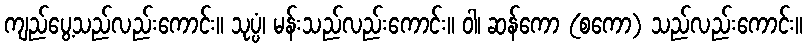
ကျည်ပွေ့သည်လည်းကောင်း။ သုပ္ပံ၊ မန်းသည်လည်းကောင်း။ ဝါ၊ ဆန်ကော (စကော) သည်လည်းကောင်း။